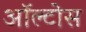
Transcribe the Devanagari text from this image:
ऑल्टोस